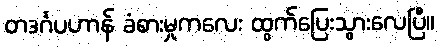
တဒင်္ဂပဟာန် ခံစားမှုကလေး ထွက်ပြေးသွားလေပြီ။